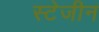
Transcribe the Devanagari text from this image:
स्टेजीन